Calcutta medical institutions reports 1892-1900
Year: 1892
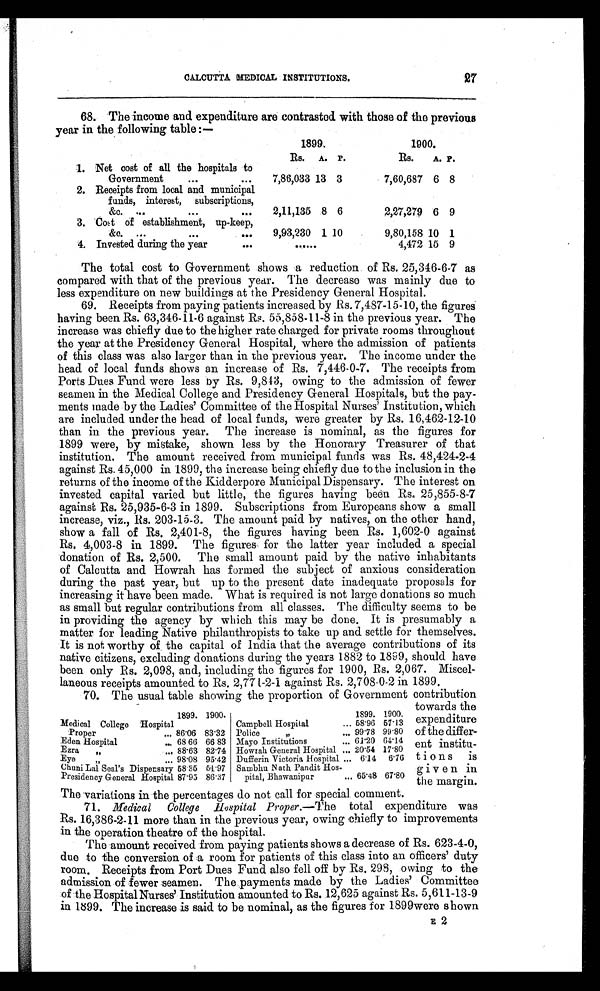
CALCUTTA MEDICAL INSTITUTIONS.
27
68. The income and expenditure are contrasted with those of the previous
year in the following table :—
1899.
1900.
Rs.
A. P.
Rs.
A. P.
1. Net cost of all the hospitals to
Government
...
...
7,86,033 13 3
7,60,687 6 8
2. Receipts from local and municipal
funds, interest, subscriptions,
&c. ...
...
...
2,11,135 8 6
2,27,279 6 9
3. Cost of establishment, up-keep,
&c.
...
...
. . .
9,93,230 1 10
9,80,158 10 1
4. Invested during the year
. . .
......
4,472 15 9
The total cost to Government shows a reduction of Rs. 25,346-6-7 as
compared with that of the previous year. The decrease was mainly due to
less expenditure on new buildings at the Presidency General Hospital.
69. Receipts from paying patients increased by Rs. 7,487-15-10, the figures
having been Rs. 63,346-11-6 against Rs. 55,858-11-8 in the previous year. The
increase was chiefly due to the higher rate charged for private rooms throughout
the year at the Presidency General Hospital, where the admission of patients
of this class was also larger than in the previous year. The income under the
head of local funds shows an increase of Rs. 7,446-0-7. The receipts from
Ports Dues Fund were less by Rs. 9,843, owing to the admission of fewer
seamen in the Medical College and Presidency General Hospitals, but the pay
- m e n t s m a d e b y t h e L a d i e s ' C o m m i t t e e o f t h e H o s p i t a l N u r s e s ' I n s t i t u t i o n , w h i c h
are included under the head of local funds, were greater by Rs. 16,462-12-10
than in the previous year. The increase is nominal, as the figures for
1899 were, by mistake, shown less by the Honorary Treasurer of that
institution. The amount received from municipal funds was Rs. 48,424-2-4
against Rs. 45,000 in 1899, the increase being chiefly due to the inclusion in the
returns of the income of the Kidderpore Municipal Dispensary. The interest on
invested capital varied but little, the figures having been Rs, 25,855-8-7
against Rs. 25,935-6-3 in 1899. Subscriptions from Europeans show a small
increase, viz., Rs. 203-15-3. The amount paid by natives, on the other hand,
show a fall of Rs. 2,401-8, the figures having been Rs. 1,602-0 against
Rs. 4,003-8 in 1899. The figures for the latter year included a special
donation of Rs. 2,500. The small amount paid by the native inhabitants
of Calcutta and Howrah has formed the subject of anxious consideration
during the past year, but up to the present date inadequate proposals for
increasing it have been made. What is required is not large donations so much
as small but regular contributions from all classes. The difficulty seems to be
in providing the agency by which this may be done. It is presumably a
matter for leading Native philanthropists to take up and settle for themselves.
It is not worthy of, the capital of India that the average contributions of its
native citizens, excluding donations during the years 1882 to 1899, should have
been only Rs. 2,098, and, including the figures for 1900, Rs. 2,067. Miscel
- l a n e o u s r e c e i p t s a m o u n t e d t o R s . 2 , 7 7 1 - 2 - 1 a g a i n s t R s . 2 , 7 0 8 - 0 - 2 i n 1 8 9 9 .
70. The usual table showing the proportion of Government contribution
towards the
expenditure
of the differ
-ent institu
-tions is
given in
the margin.
1899. 1900.
1899. 1900.
Medical College Hospital
Campbell Hospital
... 58.96 57.13
Proper
... 86.06 83.32 Police " ... 99.78 99.80
Eden Hospital... 68 66 66 83 Mayo Institutions
... 61.20 64.14
Ezra " ... 88.63 82.74 Howrah General Hospital ... 20.54 17.80
E y e " . . .
98.08 95.42 Dufferin Victoria Hospital ... 6.14 6.76
Chuni Lal Seal's Dispensary 58.35 51.97 Sambhu Nath Pandit Hos -
pital, Bhawanipar
... 65.48 67.80
Presidency General Hospital 87.95 86.37
The variations in the percentages do not call for special comment.
71. Medical College Hospital Proper. —The total expenaiture was
Rs. 16,386-2-11 more than in the previous year, owing chiefly to improvements
in the operation theatre of the hospital.
The amount received from paying patients shows a decrease of Rs. 623-4-0,
due to the conversion of a room for patients of this class into an officers' duty
room. Receipts from Port Dues Fund also fell off by Rs. 298, owing to the
admission of fewer seamen. The payments made by the Ladies' Committee
of the Hospital Nurses' Institution amounted to Rs. 12,625 against Rs. 5,611-13-9
in 1899. The increase is said to be nominal, as the figures for 1899 were shown
E2